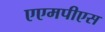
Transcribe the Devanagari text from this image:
एएमपीएस